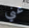
عني